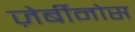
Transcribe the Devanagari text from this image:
ज़ेर्बीनोस